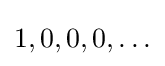
1,0,0,0,\ldots